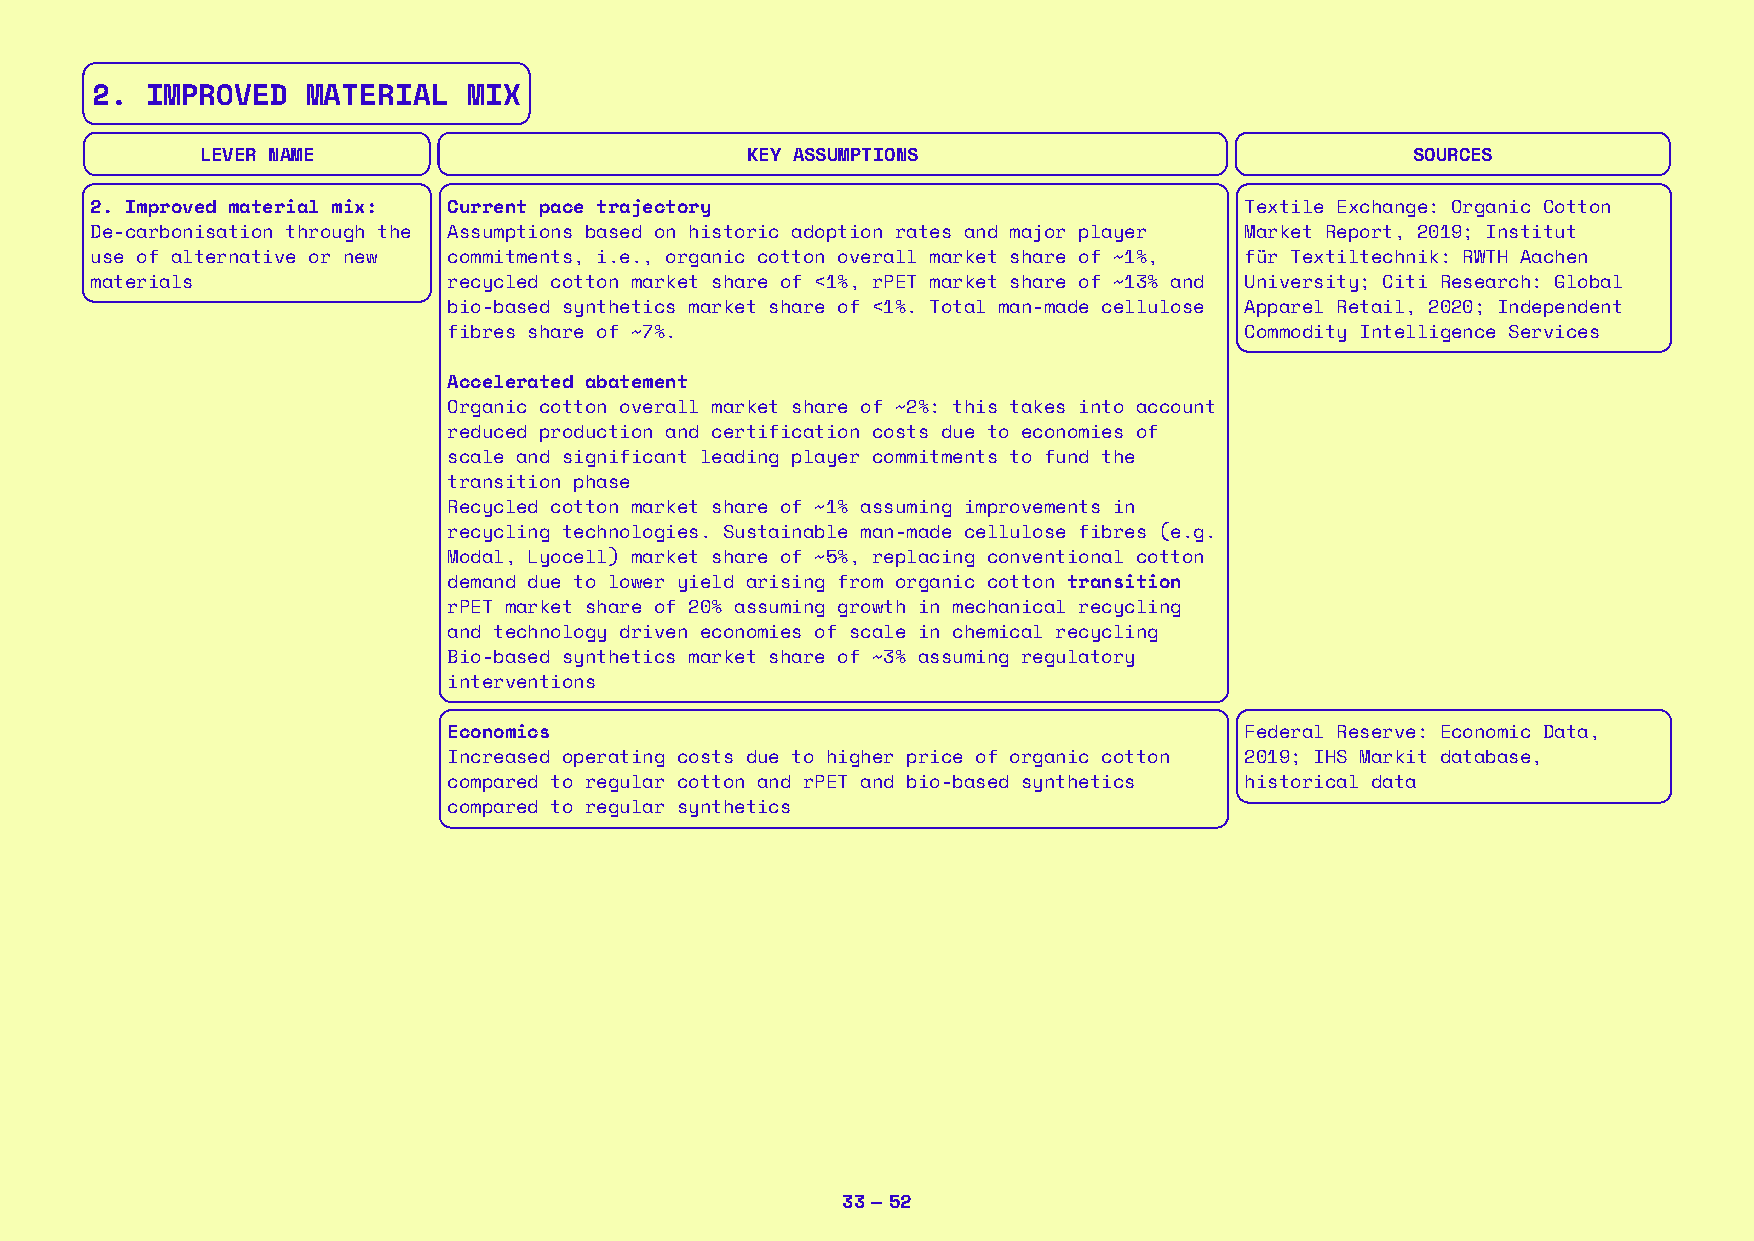
2.  IMPROVED  MATERIAL   MIX
 LEVER NAME                          KEY ASSUMPTIONS                              SOURCES
 2. Improved material mix: Current pace trajectory                           Textile Exchange: Organic Cotton
 De-carbonisation through the Assumptions based on historic adoption rates and major player Market Report, 2019; Institut
 use of alternative or new commitments, i.e., organic cotton overall market share of ~1%, für Textiltechnik: RWTH Aachen
 materials               recycled cotton market share of <1%, rPET market share of ~13% and University; Citi Research: Global
 bio-based synthetics market share of <1%. Total man-made cellulose Apparel Retail, 2020; Independent
 fibres share of ~7%.                                Commodity Intelligence Services
 Accelerated abatement
 Organic cotton overall market share of ~2%: this takes into account
 reduced production and certification costs due to economies of
 scale and significant leading player commitments to fund the
 transition phase
 Recycled cotton market share of ~1% assuming improvements in
 recycling technologies. Sustainable man-made cellulose fibres (e.g.
 Modal, Lyocell) market share of ~5%, replacing conventional cotton
 demand due to lower yield arising from organic cotton transition
 rPET market share of 20% assuming growth in mechanical recycling
 and technology driven economies of scale in chemical recycling
 Bio-based synthetics market share of ~3% assuming regulatory
 interventions
 Economics                                           Federal Reserve: Economic Data,
 Increased operating costs due to higher price of organic cotton 2019; IHS Markit database,
 compared to regular cotton and rPET and bio-based synthetics historical data
 compared to regular synthetics
 33 — 52